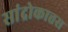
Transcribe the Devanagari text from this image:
सांद्रोकात्तस